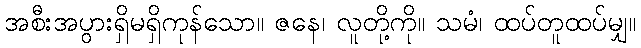
အစီးအပွားရှိမရှိကုန်သော။ ဇနေ၊ လူတို့ကို။ သမံ၊ ထပ်တူထပ်မျှ။